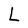
Character: L